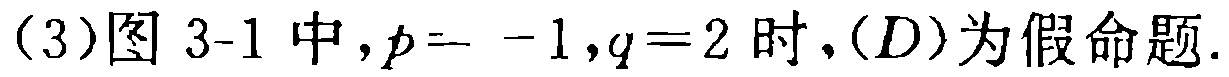
(3)图 3-1 中,$p = - 1,q = 2$时,$(D)$为假命题.